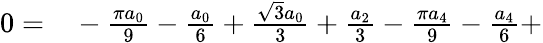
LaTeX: \begin{array}{rl}{0=}&{{}-\frac{\pi a_{0}}{9}-\frac{a_{0}}{6}+\frac{\sqrt{3}a_{0}}{3}+\frac{a_{2}}{3}-\frac{\pi a_{4}}{9}-\frac{a_{4}}{6}+}\end{array}